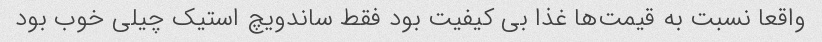
واقعا نسبت به قیمت‌ها غذا بی کیفیت بود فقط ساندویچ استیک چیلی خوب بود